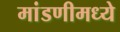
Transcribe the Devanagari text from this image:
मांडणीमध्‍ये